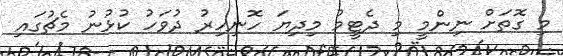
މި ގޮތަށް ނިންމީ މި ދެޓީމު މިދިޔަ ހޮނިހިރު ދުވަހު ކުޅުނު މެޗުގައި